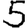
Digit: 5